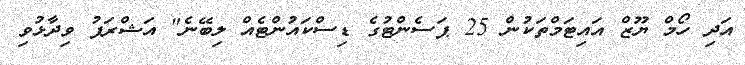
އަދި ހޯމް ޔޫޒް އައިޓަމްތަކުން 25 ޕަސެންޓުގެ ޑިސްކައުންޓެއް ލިބޭނެ" އަޝްރަފު ވިދާޅުވި